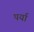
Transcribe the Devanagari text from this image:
पर्या